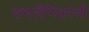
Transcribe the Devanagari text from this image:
समलैंगिकांची